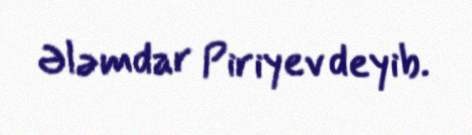
Ələmdar Piriyev deyib.